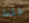
فقط